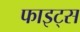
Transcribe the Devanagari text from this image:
फाइट्स